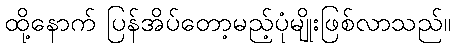
ထို့နောက် ပြန်အိပ်တော့မည့်ပုံမျိုးဖြစ်လာသည်။